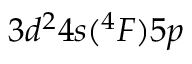
3 d ^ { 2 } 4 s ( ^ { 4 } F ) 5 p